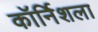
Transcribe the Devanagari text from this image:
कॉर्निशला